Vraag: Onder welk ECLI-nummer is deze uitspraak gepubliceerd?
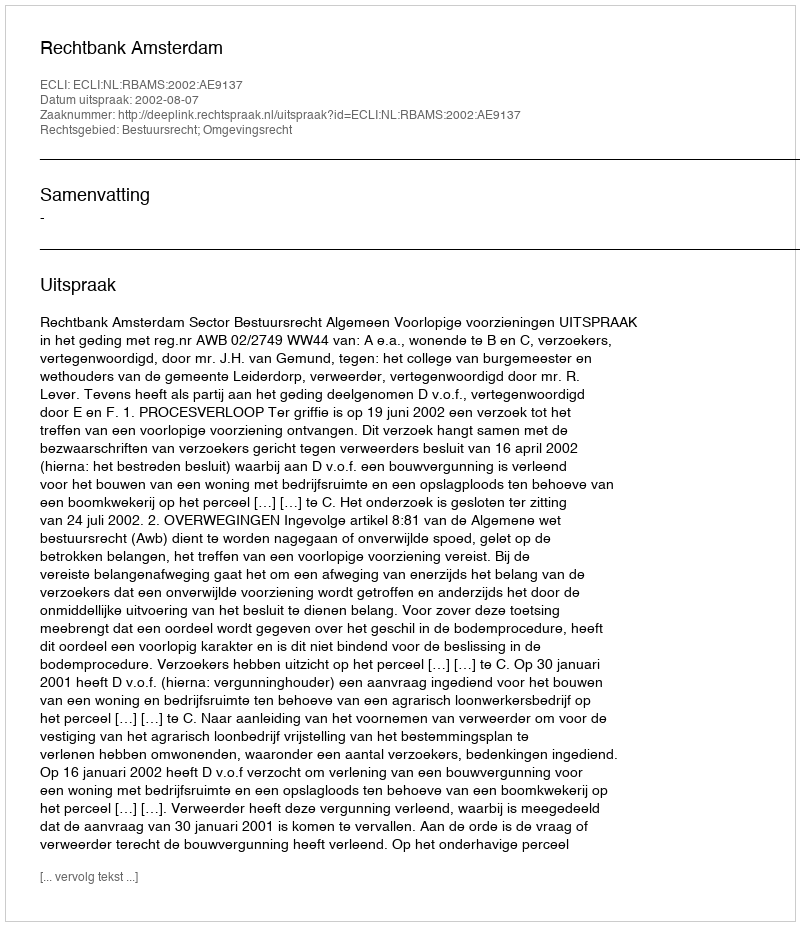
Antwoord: ECLI:NL:RBAMS:2002:AE9137